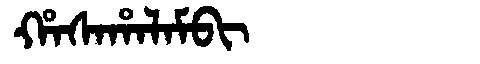
Manchu: ᡥᠠᠰᠠᡥᠠᠯᠠᠮᠪᡳ
Romanization: HASAHALAMBI